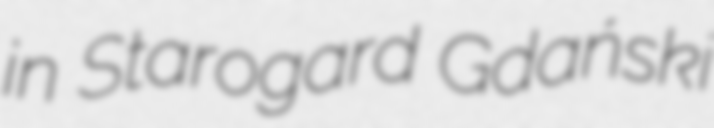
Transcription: in Starogard Gdański